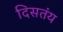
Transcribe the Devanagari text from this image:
दिसतंय